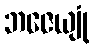
ဘဇေယျုံ